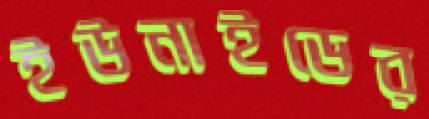
ইউনাইডের